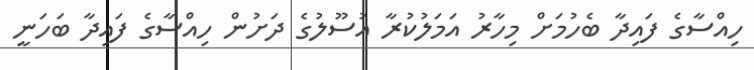
ހިއްސާގެ ފައިދާ ބެހުމަށް މިހާރު އަމަލުކުރާ އުސޫލުގެ ދަށުން ހިއްސާގެ ފައިދާ ބަހަނީ